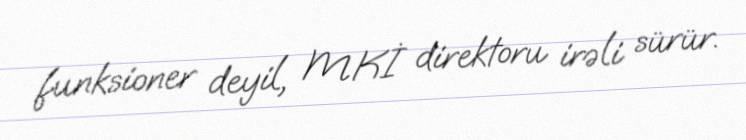
funksioner deyil, MKİ direktoru irəli sürür.